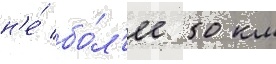
н'е́ бо́л'ее 50 км